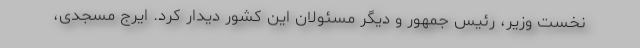
نخست وزیر، رئیس جمهور و دیگر مسئولان این کشور دیدار کرد. ایرج مسجدی،